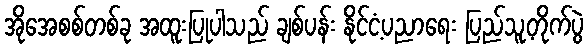
အိုအေစစ်တစ်ခု အထူးပြုပါသည် ချစ်ပန်း နိုင်ငံ့ပညာရေး ပြည်သူ့တိုက်ပွဲ